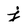
Character: j